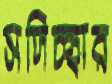
সদিচ্ছার